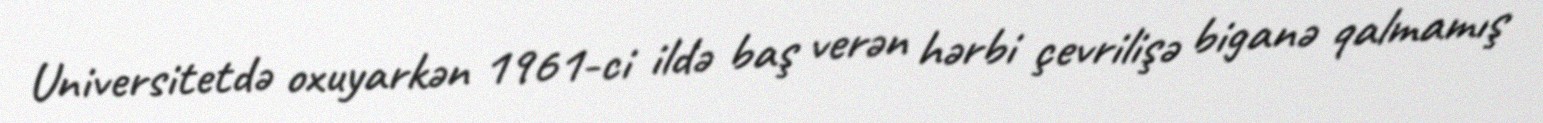
Universitetdə oxuyarkən 1961-ci ildə baş verən hərbi çevrilişə biganə qalmamış